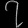
Digit: ၇